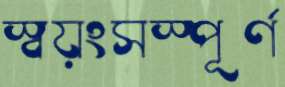
স্বয়ংসস্পূর্ণ